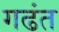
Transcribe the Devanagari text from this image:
गढंत